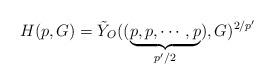
LaTeX: \begin{align*} H (p,G) = \tilde{Y}_O ((\underbrace{p, p, \cdots , p}_{p'/2}) , G)^{2/p'} \end{align*}